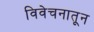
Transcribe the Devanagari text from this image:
विवेचनातून